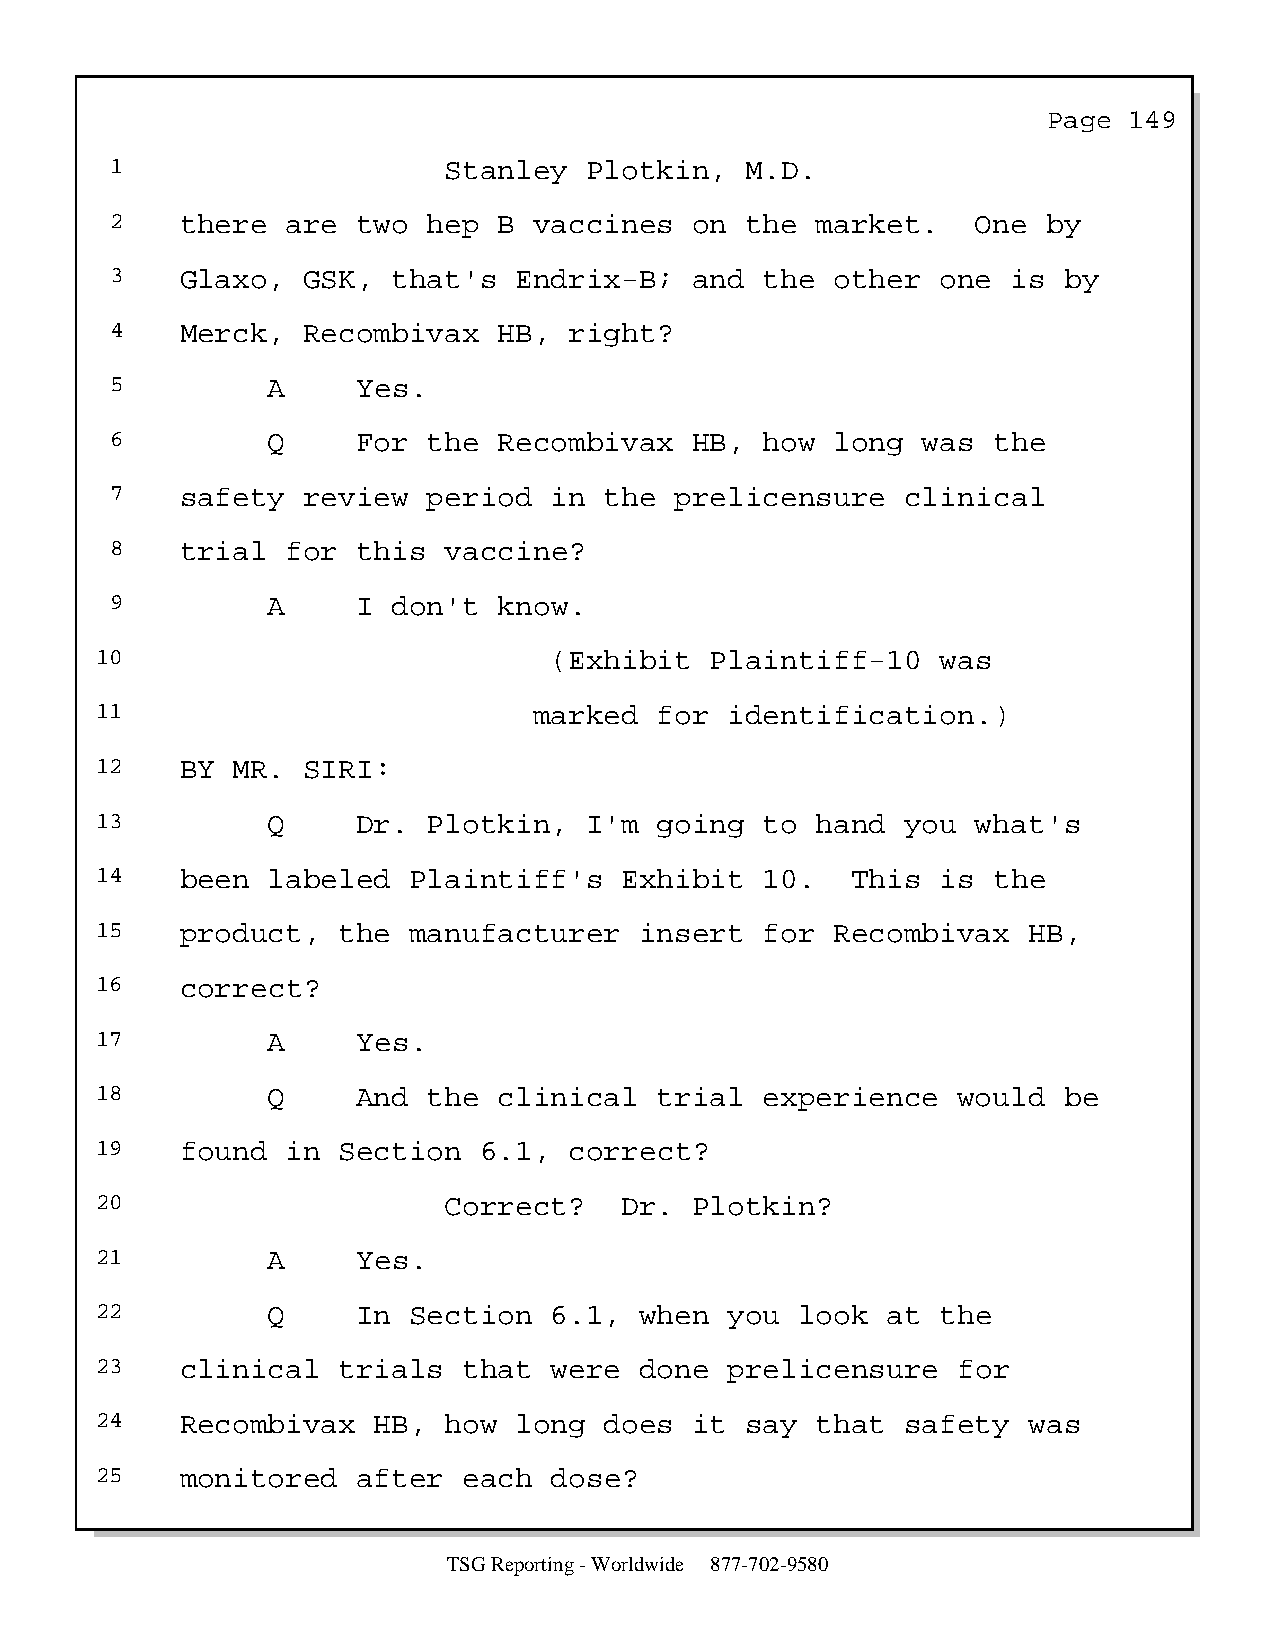
Page  149
 1                     Stanley   Plotkin,  M.D.
 2    there  are  two hep  B vaccines   on the  market.    One by
 3    Glaxo,  GSK,  that's  Endrix-B;   and  the other  one  is by
 4    Merck,  Recombivax   HB,  right?
 5          A     Yes.
 6          Q     For the  Recombivax   HB,  how long  was  the
 7    safety  review  period  in  the  prelicensure   clinical
 8    trial  for  this vaccine?
 9          A     I don't  know.
 10                            (Exhibit   Plaintiff-10   was
 11                           marked   for identification.)
 12    BY MR.  SIRI:
 13          Q     Dr. Plotkin,   I'm  going  to hand  you  what's
 14    been  labeled  Plaintiff's   Exhibit   10.  This  is  the
 15    product,  the  manufacturer   insert   for Recombivax   HB,
 16    correct?
 17          A     Yes.
 18          Q     And the  clinical   trial  experience  would  be
 19    found  in Section   6.1,  correct?
 20                     Correct?    Dr.  Plotkin?
 21          A     Yes.
 22          Q     In Section  6.1,  when  you  look  at the
 23    clinical  trials   that were  done  prelicensure   for
 24    Recombivax   HB, how  long  does  it say  that  safety  was
 25    monitored   after  each dose?
 TSG Reporting - Worldwide 877-702-9580